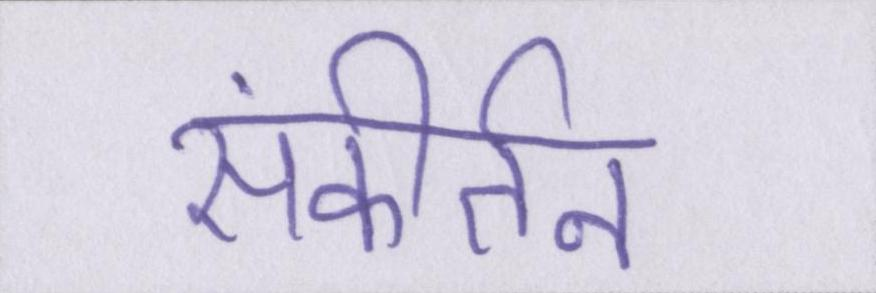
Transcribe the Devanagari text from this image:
संकीर्तन